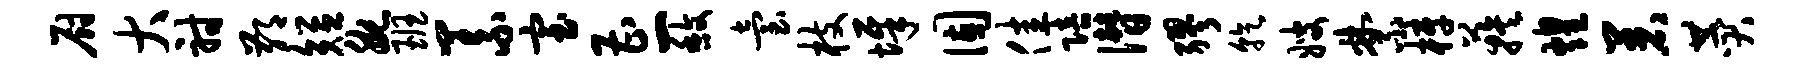
厨大射鄙短腕班义室曹一馥台枝墀固佳陪僭缪乾嫂禁梓蔟煌着赞